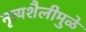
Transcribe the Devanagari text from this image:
नृत्यशैलीमुळे